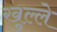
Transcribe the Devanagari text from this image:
खुल्ले